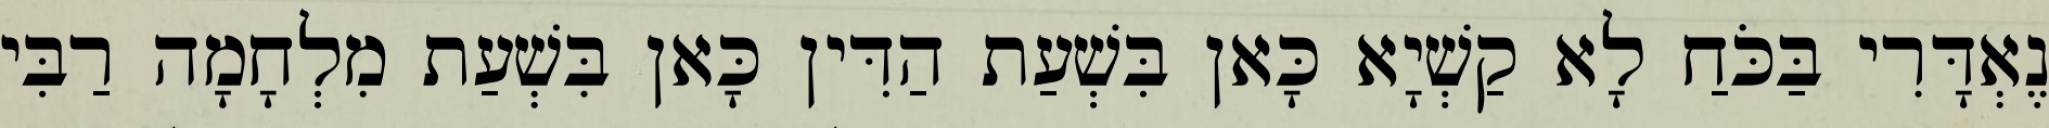
נֶאְדָּרִי בַּכֹּחַ לָא קַשְׁיָא כָּאן בִּשְׁעַת הַדִּין כָּאן בִּשְׁעַת מִלְחָמָה רַבִּי